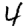
Digit: 4